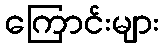
ကြောင်းများ